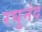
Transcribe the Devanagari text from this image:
रघुनंद